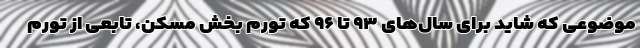
موضوعی که شاید برای سال‌های ۹۳ تا ۹۶ که تورم بخش مسکن، تابعی از تورم